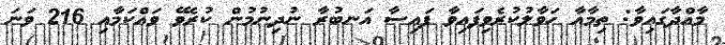
މާއްދާގައިވާ: ތިމާއާ ހަވާލުކުރެވިފައިވާ ފައިސާ އަނބުރާ ނުދިނުމުން ކުރެވޭ ވައްކަމާއި 216 ވަނަ